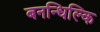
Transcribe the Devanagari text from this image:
बनन्धिल्कि